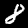
Label: 8